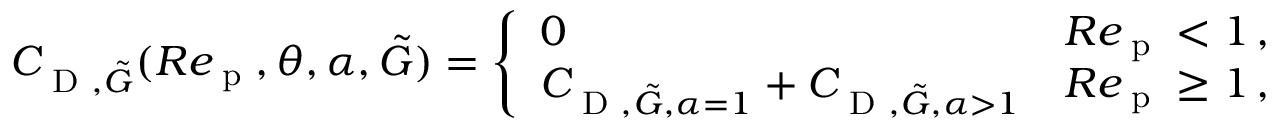
\begin{array} { r } { C _ { \textup { D } , \tilde { G } } ( R e _ { \textup { p } } , \theta , \alpha , \tilde { G } ) = \left\{ \begin{array} { l l } { 0 } & { R e _ { \textup { p } } < 1 \, , } \\ { C _ { \textup { D } , \tilde { G } , \alpha = 1 } + C _ { \textup { D } , \tilde { G } , \alpha > 1 } } & { R e _ { \textup { p } } \geq 1 \, , } \end{array} \right. } \end{array}